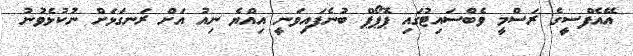
އޭއެފްސީގެ ރަސްމީ ވެބްސައިޓުގައި ޕޮޕޯޕް ބުނެފައިވަނީ އިއްޔެ ނިއު އަށް ރަނގަޅަށް ނުކުޅެވުނު